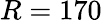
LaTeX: R=170